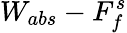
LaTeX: W_{abs}-F_{f}^{s}